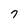
Character: 7